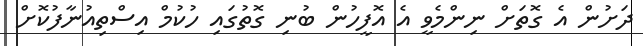
ދަށުން އެ ގޮތަށް ނިންމެވީ އެ އޮފީހުން ބުނި ގޮތުގައި ހުކުމް އިސްތިއުނާފުކޮށް